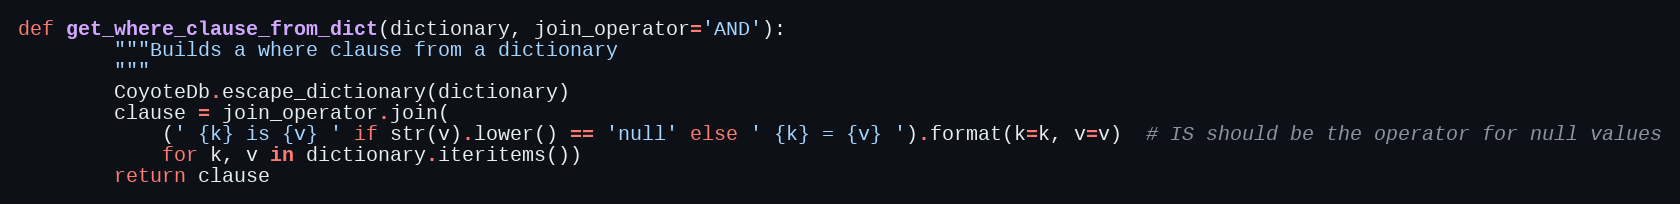
Language: Python
def get_where_clause_from_dict(dictionary, join_operator='AND'):
        """Builds a where clause from a dictionary
        """
        CoyoteDb.escape_dictionary(dictionary)
        clause = join_operator.join(
            (' {k} is {v} ' if str(v).lower() == 'null' else ' {k} = {v} ').format(k=k, v=v)  # IS should be the operator for null values
            for k, v in dictionary.iteritems())
        return clause